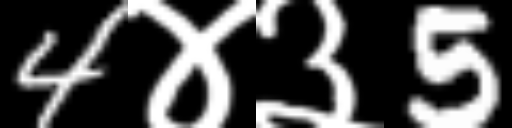
Text: 4४३5